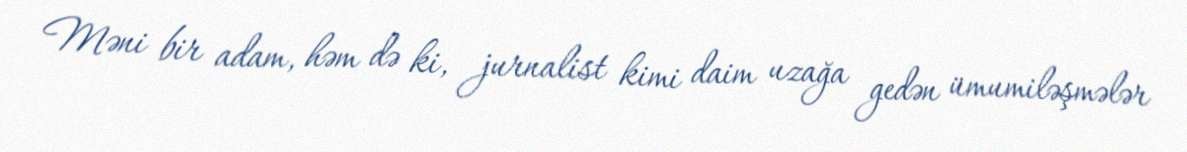
Məni bir adam, həm də ki, jurnalist kimi daim uzağa gedən ümumiləşmələr